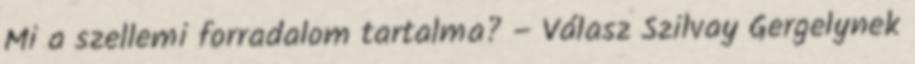
Mi a szellemi forradalom tartalma? – Válasz Szilvay Gergelynek